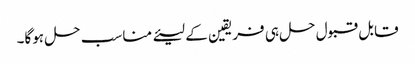
قابل قبول حل ہی فریقین کے لیئے مناسب حل ہوگا۔